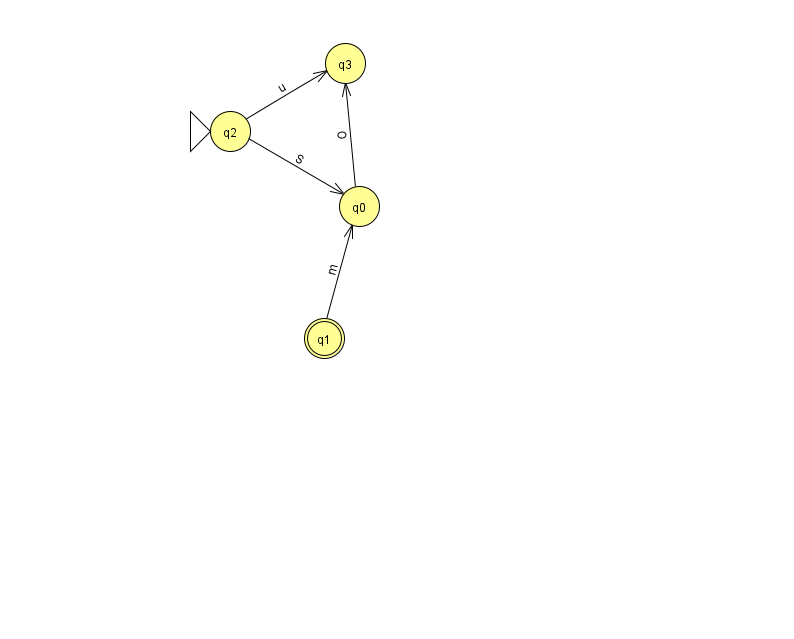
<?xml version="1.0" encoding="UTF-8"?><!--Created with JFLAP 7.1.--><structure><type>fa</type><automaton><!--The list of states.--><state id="0" name="q0"><x>359.0</x><y>193.0</y></state><state id="1" name="q1"><x>324.0</x><y>325.0</y><final/></state><state id="2" name="q2"><x>230.0</x><y>118.0</y><initial/></state><state id="3" name="q3"><x>345.0</x><y>50.0</y></state><!--The list of transitions.--><transition><from>2</from><to>0</to><read>S</read></transition><transition><from>0</from><to>3</to><read>O</read></transition><transition><from>2</from><to>3</to><read>u</read></transition><transition><from>1</from><to>0</to><read>m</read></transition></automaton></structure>